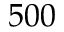
5 0 0